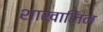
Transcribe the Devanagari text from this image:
शाखालिन